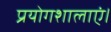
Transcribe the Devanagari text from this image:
प्रयोगशालाएं।